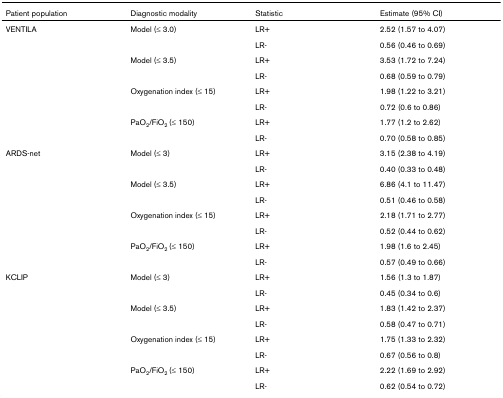
<table><thead><tr><td><b>Patient population</b></td><td><b>Diagnostic modality</b></td><td><b>Statistic</b></td><td><b>Estimate (95% CI)</b></td></tr></thead><tbody><tr><td>VENTILA</td><td>Model (≤ 3.0)</td><td>LR+</td><td>2.52 (1.57 to 4.07)</td></tr><tr><td></td><td></td><td>LR-</td><td>0.56 (0.46 to 0.69)</td></tr><tr><td></td><td>Model (≤ 3.5)</td><td>LR+</td><td>3.53 (1.72 to 7.24)</td></tr><tr><td></td><td></td><td>LR-</td><td>0.68 (0.59 to 0.79)</td></tr><tr><td></td><td>Oxygenation index (≤ 15)</td><td>LR+</td><td>1.98 (1.22 to 3.21)</td></tr><tr><td></td><td></td><td>LR-</td><td>0.72 (0.6 to 0.86)</td></tr><tr><td></td><td>PaO<sub>2</sub>/FiO<sub>2 </sub>(≤ 150)</td><td>LR+</td><td>1.77 (1.2 to 2.62)</td></tr><tr><td></td><td></td><td>LR-</td><td>0.70 (0.58 to 0.85)</td></tr><tr><td>ARDS-net</td><td>Model (≤ 3)</td><td>LR+</td><td>3.15 (2.38 to 4.19)</td></tr><tr><td></td><td></td><td>LR-</td><td>0.40 (0.33 to 0.48)</td></tr><tr><td></td><td>Model (≤ 3.5)</td><td>LR+</td><td>6.86 (4.1 to 11.47)</td></tr><tr><td></td><td></td><td>LR-</td><td>0.51 (0.46 to 0.58)</td></tr><tr><td></td><td>Oxygenation index (≤ 15)</td><td>LR+</td><td>2.18 (1.71 to 2.77)</td></tr><tr><td></td><td></td><td>LR-</td><td>0.52 (0.44 to 0.62)</td></tr><tr><td></td><td>PaO<sub>2</sub>/FiO<sub>2 </sub>(≤ 150)</td><td>LR+</td><td>1.98 (1.6 to 2.45)</td></tr><tr><td></td><td></td><td>LR-</td><td>0.57 (0.49 to 0.66)</td></tr><tr><td>KCLIP</td><td>Model (≤ 3)</td><td>LR+</td><td>1.56 (1.3 to 1.87)</td></tr><tr><td></td><td></td><td>LR-</td><td>0.45 (0.34 to 0.6)</td></tr><tr><td></td><td>Model (≤ 3.5)</td><td>LR+</td><td>1.83 (1.42 to 2.37)</td></tr><tr><td></td><td></td><td>LR-</td><td>0.58 (0.47 to 0.71)</td></tr><tr><td></td><td>Oxygenation index (≤ 15)</td><td>LR+</td><td>1.75 (1.33 to 2.32)</td></tr><tr><td></td><td></td><td>LR-</td><td>0.67 (0.56 to 0.8)</td></tr><tr><td></td><td>PaO<sub>2</sub>/FiO<sub>2 </sub>(≤ 150)</td><td>LR+</td><td>2.22 (1.69 to 2.92)</td></tr><tr><td></td><td></td><td>LR-</td><td>0.62 (0.54 to 0.72)</td></tr></tbody></table>